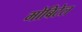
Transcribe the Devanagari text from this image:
मोबिटेल